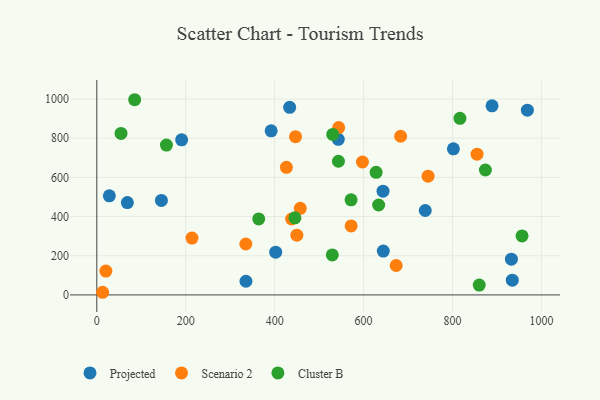
{"axis": {"x": "Investment", "y": "Yield"}, "legend": ["Cluster B", "Projected", "Scenario 2"], "data": [{"x": "934.6", "y": 75.4, "type": "Projected"}, {"x": "543.2", "y": 794.2, "type": "Projected"}, {"x": "968.5", "y": 943.3, "type": "Projected"}, {"x": "802.1", "y": 745.8, "type": "Projected"}, {"x": "402.4", "y": 218.2, "type": "Projected"}, {"x": "644.4", "y": 223.6, "type": "Projected"}, {"x": "68.7", "y": 471.6, "type": "Projected"}, {"x": "889.0", "y": 965.7, "type": "Projected"}, {"x": "433.8", "y": 958.0, "type": "Projected"}, {"x": "643.8", "y": 529.9, "type": "Projected"}, {"x": "335.5", "y": 69.9, "type": "Projected"}, {"x": "932.6", "y": 182.6, "type": "Projected"}, {"x": "190.8", "y": 791.7, "type": "Projected"}, {"x": "738.8", "y": 430.9, "type": "Projected"}, {"x": "145.3", "y": 482.5, "type": "Projected"}, {"x": "28.2", "y": 506.1, "type": "Projected"}, {"x": "392.2", "y": 837.8, "type": "Projected"}, {"x": "544.0", "y": 854.3, "type": "Scenario 2"}, {"x": "572.1", "y": 352.5, "type": "Scenario 2"}, {"x": "450.0", "y": 305.1, "type": "Scenario 2"}, {"x": "673.4", "y": 150.1, "type": "Scenario 2"}, {"x": "597.5", "y": 678.7, "type": "Scenario 2"}, {"x": "426.5", "y": 651.6, "type": "Scenario 2"}, {"x": "20.4", "y": 121.8, "type": "Scenario 2"}, {"x": "447.0", "y": 807.9, "type": "Scenario 2"}, {"x": "13.1", "y": 13.5, "type": "Scenario 2"}, {"x": "855.3", "y": 718.8, "type": "Scenario 2"}, {"x": "335.2", "y": 259.9, "type": "Scenario 2"}, {"x": "745.1", "y": 606.4, "type": "Scenario 2"}, {"x": "457.7", "y": 442.2, "type": "Scenario 2"}, {"x": "438.2", "y": 387.5, "type": "Scenario 2"}, {"x": "683.4", "y": 810.1, "type": "Scenario 2"}, {"x": "214.1", "y": 290.3, "type": "Scenario 2"}, {"x": "633.9", "y": 459.1, "type": "Cluster B"}, {"x": "860.2", "y": 50.4, "type": "Cluster B"}, {"x": "156.6", "y": 765.2, "type": "Cluster B"}, {"x": "85.2", "y": 996.6, "type": "Cluster B"}, {"x": "530.7", "y": 819.2, "type": "Cluster B"}, {"x": "445.6", "y": 393.4, "type": "Cluster B"}, {"x": "529.7", "y": 204.3, "type": "Cluster B"}, {"x": "543.5", "y": 682.4, "type": "Cluster B"}, {"x": "628.3", "y": 626.1, "type": "Cluster B"}, {"x": "816.8", "y": 901.5, "type": "Cluster B"}, {"x": "571.9", "y": 485.6, "type": "Cluster B"}, {"x": "874.1", "y": 637.9, "type": "Cluster B"}, {"x": "364.2", "y": 388.1, "type": "Cluster B"}, {"x": "956.5", "y": 301.0, "type": "Cluster B"}, {"x": "54.5", "y": 824.4, "type": "Cluster B"}]}